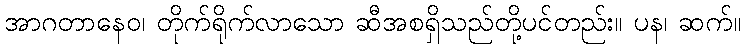
အာဂတာနေဝ၊ တိုက်ရိုက်လာသော ဆီအစရှိသည်တို့ပင်တည်း။ ပန၊ ဆက်။